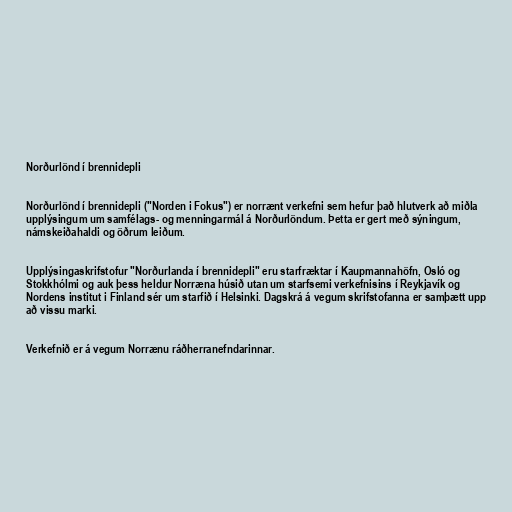
Norðurlönd í brennidepli

Norðurlönd í brennidepli ("Norden i Fokus") er norrænt verkefni sem hefur það hlutverk að miðla
upplýsingum um samfélags- og menningarmál á Norðurlöndum. Þetta er gert með sýningum,
námskeiðahaldi og öðrum leiðum.

Upplýsingaskrifstofur "Norðurlanda í brennidepli" eru starfræktar í Kaupmannahöfn, Osló og
Stokkhólmi og auk þess heldur Norræna húsið utan um starfsemi verkefnisins í Reykjavík og
Nordens institut i Finland sér um starfið í Helsinki. Dagskrá á vegum skrifstofanna er samþætt upp
að vissu marki.

Verkefnið er á vegum Norrænu ráðherranefndarinnar.